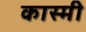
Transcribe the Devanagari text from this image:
कास्‍मी